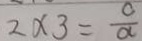
2 \times 3 = \frac { c } { a }